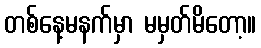
တစ်နေ့မနက်မှာ မမှတ်မိတော့။